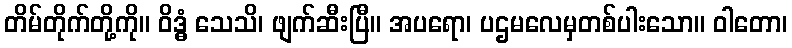
တိမ်တိုက်တို့ကို။ ဝိဒ္ဓံ သေသိ၊ ဖျက်ဆီးပြီ။ အပရော၊ ပဌမလေမှတစ်ပါးသော။ ဝါတော၊